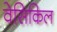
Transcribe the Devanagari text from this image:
वेसिकिल